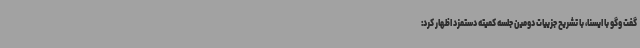
گفت وگو با ایسنا، با تشریح جزییات دومین جلسه کمیته دستمزد اظهار کرد: